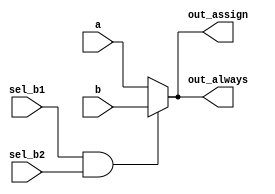
//https://hdlbits.01xz.net/wiki/Always_if

// synthesis verilog_input_version verilog_2001
module top_module(
    input a,
    input b,
    input sel_b1,
    input sel_b2,
    output wire out_assign,
    output reg out_always   );

    assign out_assign = (sel_b1 == 1 && sel_b2 == 1) ? b : a;
    always @(*) begin
        if (sel_b1 == 1 && sel_b2 == 1) begin
            out_always = b;
        end
        else begin
           	out_always = a;
        end
    end

endmodule